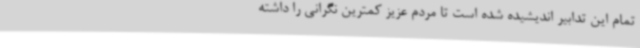
تمام این تدابیر اندیشیده شده است تا مردم عزیز کمترین نگرانی را داشته